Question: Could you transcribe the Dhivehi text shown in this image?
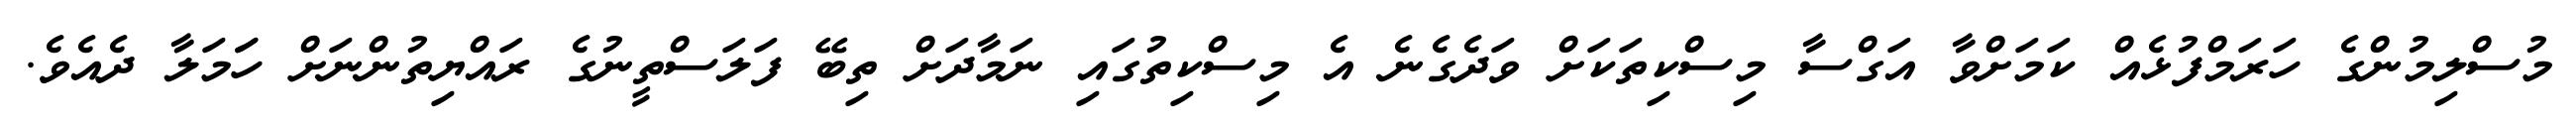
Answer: މުސްލިމުންގެ ހަރަމްފުޅެއް ކަމަށްވާ އަގްސާ މިސްކިތަކަށް ވަދެގެނެ އެ މިސްކިތުގައި ނަމާދަށް ތިބޭ ފަލަސްތީނުގެ ރައްޔިތުންނަށް ހަަމަލާ ދެއެވެ.